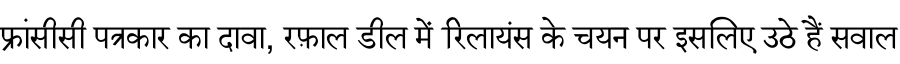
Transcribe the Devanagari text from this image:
फ्रांसीसी पत्रकार का दावा, रफ़ाल डील में रिलायंस के चयन पर इसलिए उठे हैं सवाल